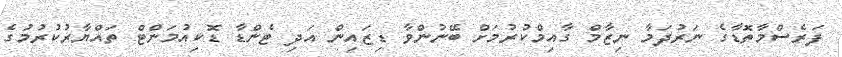
ފަރެސްމާތޮޑާގެ ނަރުދަމާ ނިޒާމް ގާއިމްކުރުމަށް ބޭނުންވާ ޑިޒައިން އަދި ޓެންޑާ ޑޮކިއުމަންޓް ތައްޔާރުކުރުމުގެ